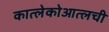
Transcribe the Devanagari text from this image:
कात्लेकोआत्लची